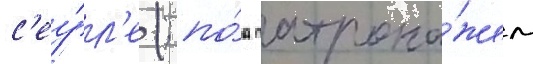
с'еу́л'е (; по́д патрона́жем